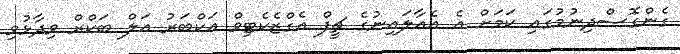
ގެންގޮސްދިނުމުގައި ކަމަށް އެ އެއާލައިނުގެ ޗީފް އެގްޒެކެޓިވް އަކްބަރު އަލް ބަކްރް ވިދާޅުވި